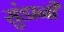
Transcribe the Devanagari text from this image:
सुंडानी